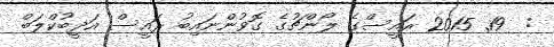
:  19